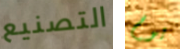
التصنيع يوم